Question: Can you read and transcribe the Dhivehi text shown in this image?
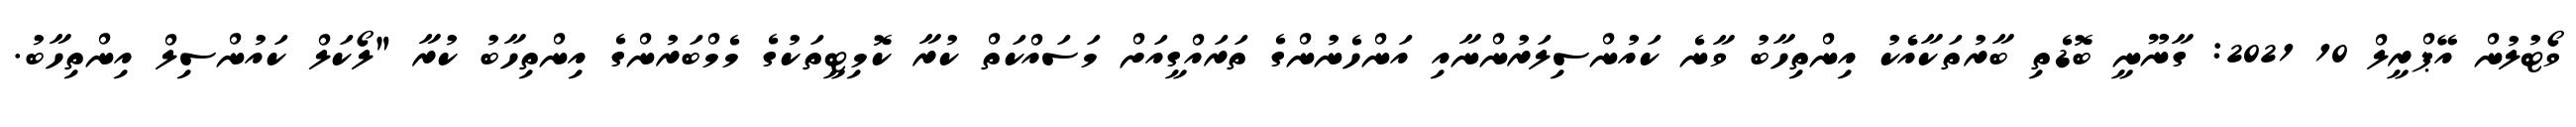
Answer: ވޯޓުލުން އޭޕްރީލް 10 2021: ގާނޫނީ ބޮޑެތި ބާރުތަކާއެެކު އިންތިހާބު ވާނެ ކައުންސިލަރުންނާއި އަންހެނުންގެ ތަރައްގީއަށް މަސައްކަތް ކުރާ ކޮމިޓީތަކުގެ މެމްބަރުންގެ އިންތިހާބު ކުރާ "ލޯކަލް ކައުންސިލް އިންތިހާބު.